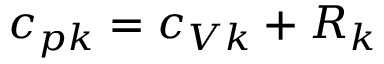
c _ { p k } = c _ { V k } + R _ { k }